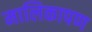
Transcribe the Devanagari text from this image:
मालिकापण